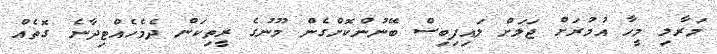
މަރާލި މީހާ އުމުރަށް ޖަލަށް ލައިފިބިސް ބޭނުންކޮށްގެން މޫނުގެ ރީތިކަން ދެމެހެއްޓިދާނެ ގޮތެއް